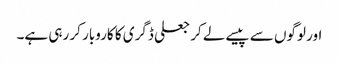
اور لوگوں سے پیسے لے کر جعلی ڈگری کا کاروبار کر رہی ہے۔